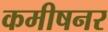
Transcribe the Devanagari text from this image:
कमीषनर